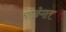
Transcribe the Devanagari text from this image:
चाळेगत